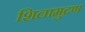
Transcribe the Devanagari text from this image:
शिलामुद्रण